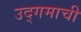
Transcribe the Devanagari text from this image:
उद्‌गमाची